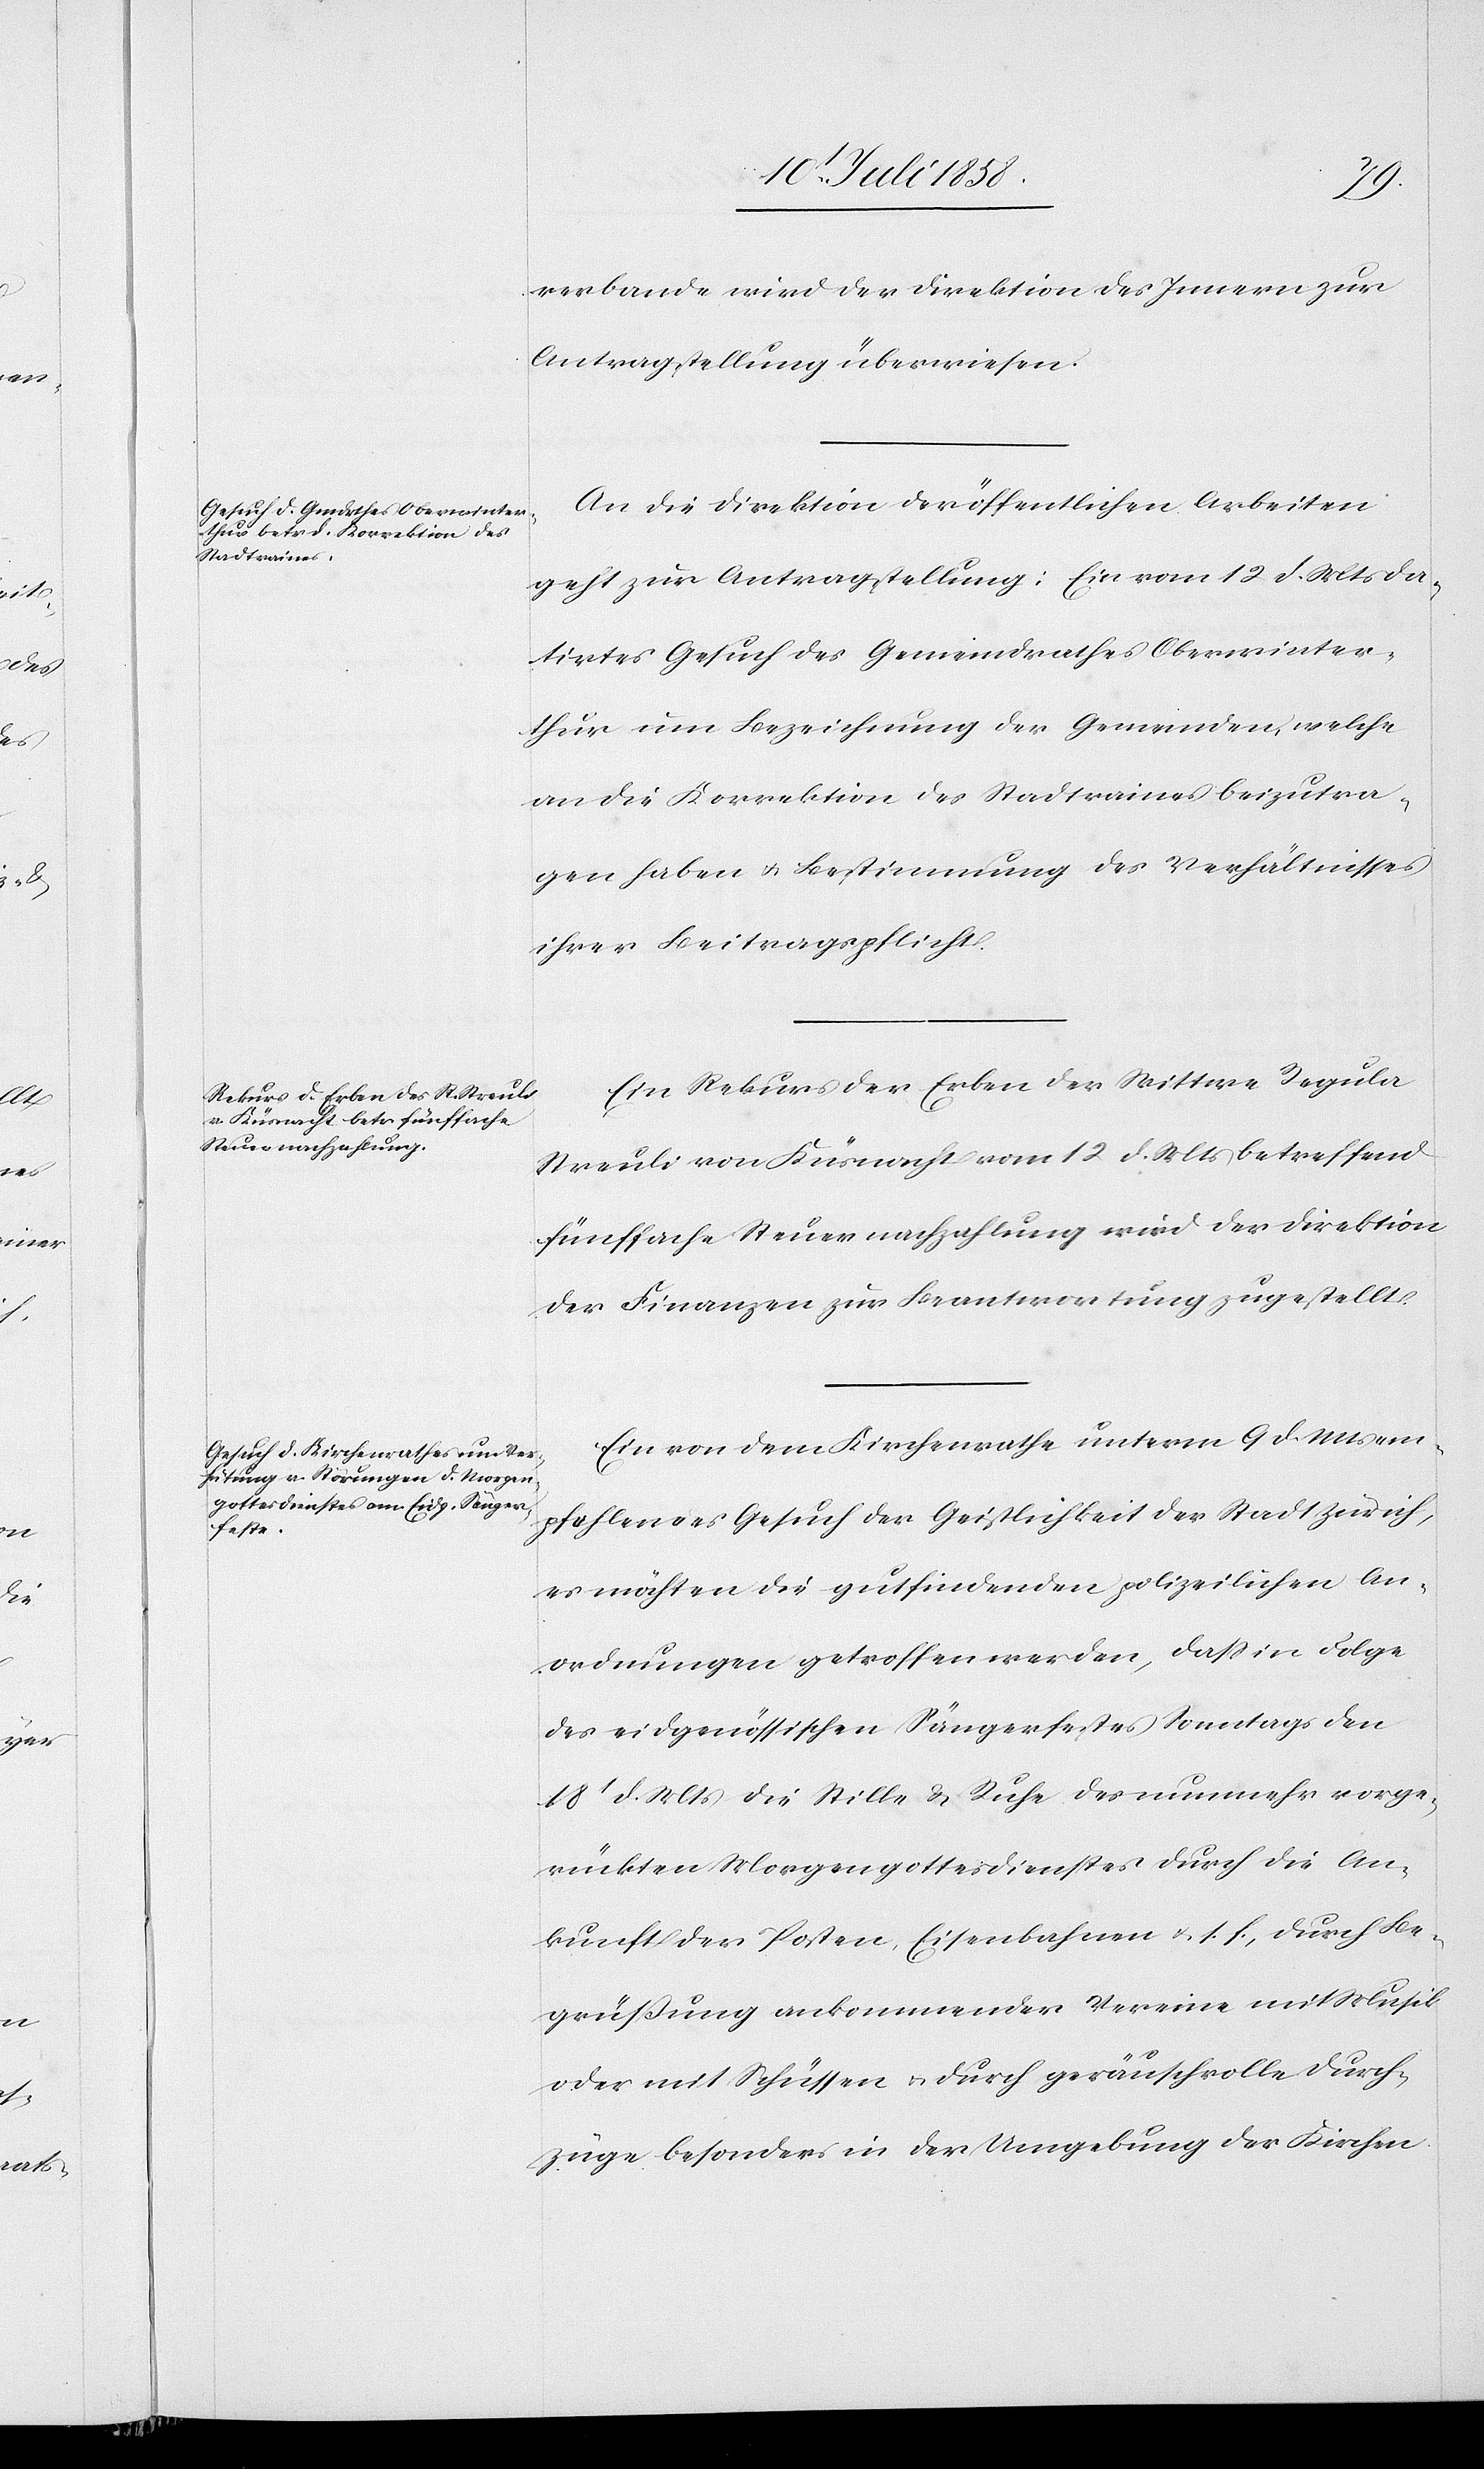
14t. Juli 1858.]
verbande wird der Direktion des Innern zur
Antragstellung überwiesen.
An die Direktion der öffentlichen Arbeiten
geht zur Antragstellung: Ein vom 12 d. Mts da¬
tirtes Gesuch des Gemeindrathes Oberwinter¬
thur um Bezeichnung der Gemeinden, welche
an die Korrektion des Stadtraines beizutra¬
gen haben & Bestimmung des Verhältnisses
ihrer Beitragspflicht.
Ein Rekurs der Erben der Wittwe Regula
Streuli von Küsnacht vom 12 d. Mts betreffend
fünffache Steuernachzahlung wird der Direktion
der Finanzen zur Beantwortung zugestellt.
Ein von dem Kirchenrathe unterm 9 d. Mts
empfehlendes Gesuch der Geistlichkeit der Stadt Zürich,
es möchten die gutfindenden polizeilichen An¬
ordnungen getroffen werden, dass in Folge
des eidgenössischen Sängerfestes Sonntags den
18t d. Mts die Stille & Ruhe des nunmehr vorge¬
rückten Morgengottesdienstes durch die An¬
kunft der Posten, Eisenbahnen & s. f., durch Be¬
grüßung ankommender Vereine mit Musik
oder mit Schüssen & durch geräuschvolle Durch¬
züge besonders in der Umgebung der Kirchen